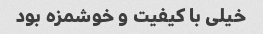
خیلی با کیفیت و خوشمزه بود